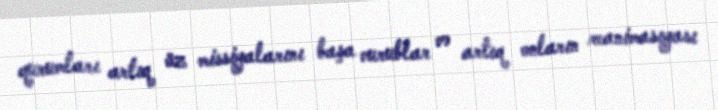
qurumları artıq öz missiyalarını başa vurublar və artıq onların reanimasıyası